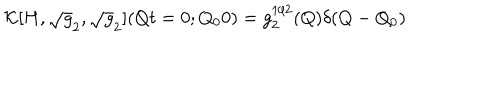
{ \cal K } [ H , \sqrt { g } _ { 2 } , \sqrt { g } _ { 2 } ] ( Q t = 0 ; Q _ { 0 } 0 ) = g _ { 2 } ^ { 1 / 2 } ( Q ) \delta ( Q - Q _ { 0 } )